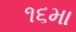
૧૬મા